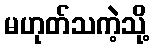
မဟုတ်သကဲ့သို့